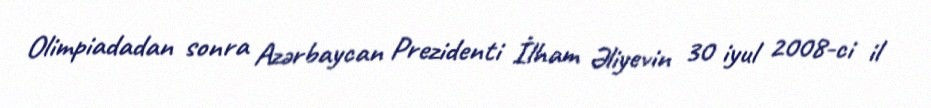
Olimpiadadan sonra Azərbaycan Prezidenti İlham Əliyevin 30 iyul 2008-ci il